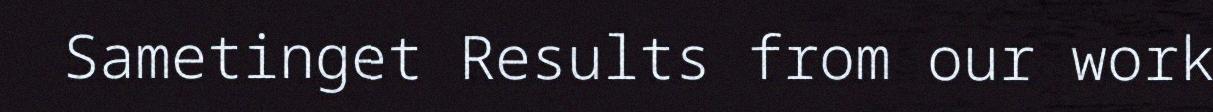
Sametinget Results from our work